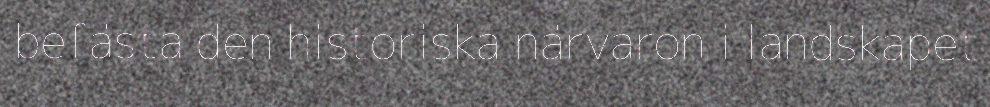
befästa den historiska närvaron i landskapet